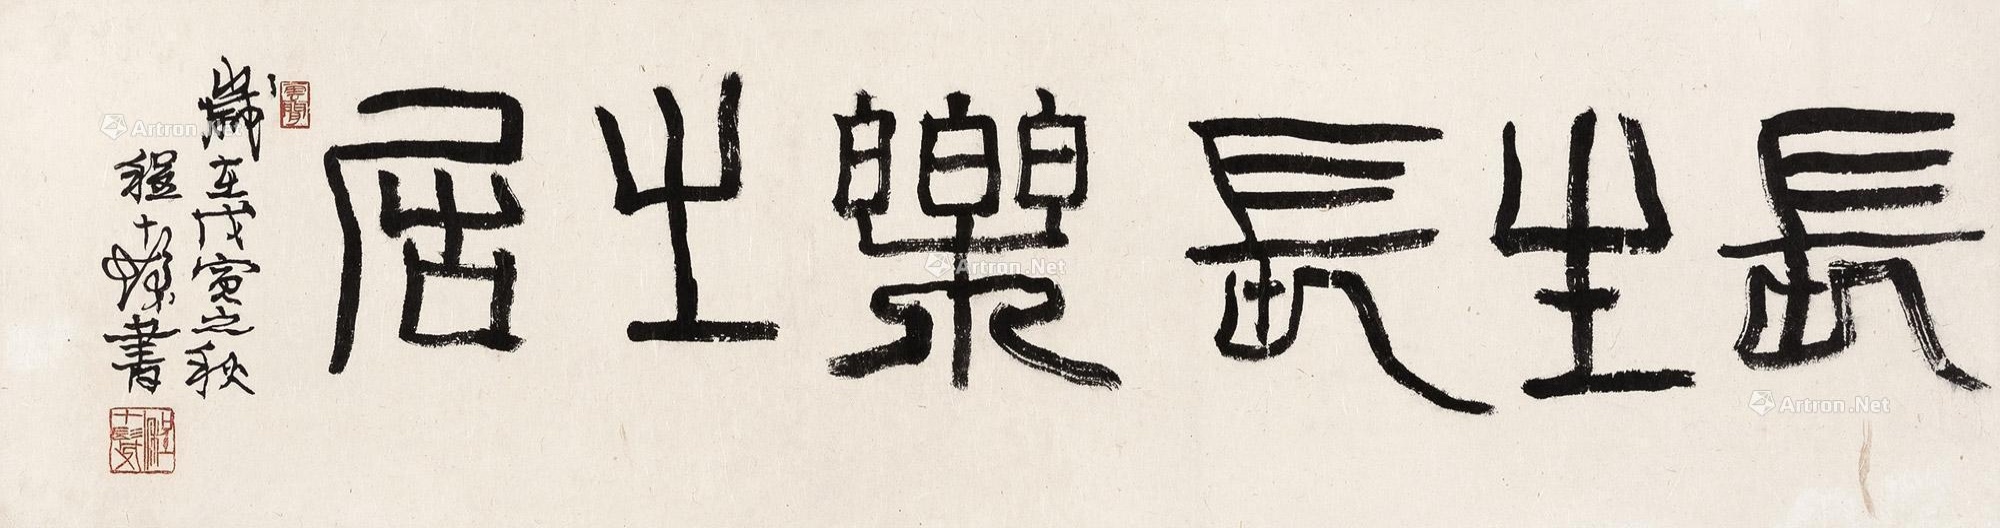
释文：长生长乐之居。岁在戊寅之秋，程十发书。